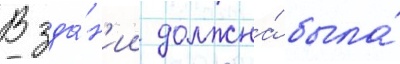
В зда́н'ии должна́ была́